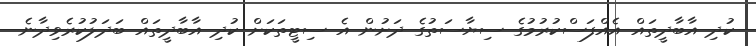
ކުދި އާބާދީތައް އެއްފަސްކުރުމުގެ ސިޔާސަތުގެ ދަށުން އެ ސިޓީތަކަށް ކުދި އާބާދީތައް ބަދަލުކުރެވިދާނެ